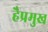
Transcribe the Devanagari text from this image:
हैप्रमुख